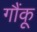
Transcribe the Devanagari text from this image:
गौंकू